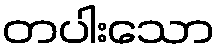
တပါးသော